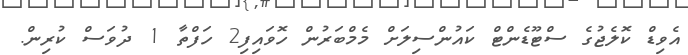
އެވިޑް ކޮލެޖުގެ ސްޓޫޑެންޓް ކައުންސިލަށް މެމްބަރުން ހޮވައިފި2 ހަފްތާ 1 ދުވަސް ކުރިން.